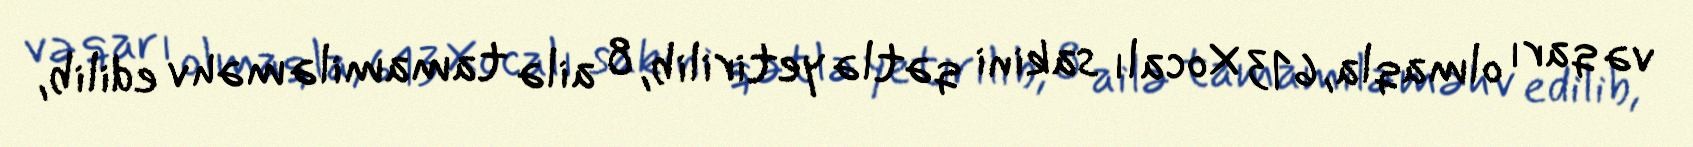
və qarı olmaqla, 613 Xocalı sakini qətlə yetirilib, 8 ailə tamamilə məhv edilib,